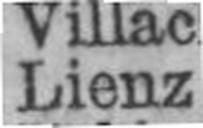
Lienz